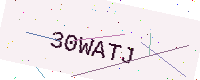
Text: 30WATJ